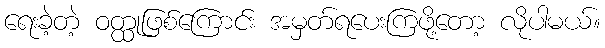
ရေးခဲ့တဲ့ ဝတ္ထုဖြစ်ကြောင်း အမှတ်ရပေးကြဖို့တော့ လိုပါမယ်။